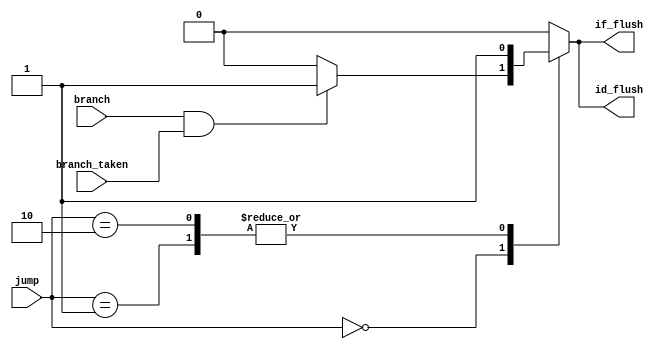
module Flush (
    input branch_taken,
    input branch,
    input [1:0] jump,
    output reg if_flush,
    output reg id_flush
);
    always @(*) begin
        case(jump)
            2'b00: begin
                if (branch & branch_taken) begin
                    if_flush = 1'b1;
                    id_flush = 1'b1;
                end else begin
                    if_flush = 1'b0;
                    id_flush = 1'b0;
                end
            end
            2'b01: begin // jal
                if_flush = 1'b1;
                id_flush = 1'b1;
            end
            2'b10: begin // jalr
                if_flush = 1'b1;
                id_flush = 1'b1;
            end
            default: begin
                if_flush = 1'b0;
                id_flush = 1'b0;
            end
        endcase
    end
endmodule